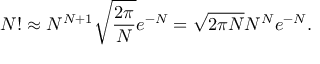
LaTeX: N ! \approx N ^ { N + 1 } { \sqrt { \frac { 2 \pi } { N } } } e ^ { - N } = { \sqrt { 2 \pi N } } N ^ { N } e ^ { - N } .